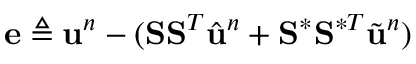
\mathbf { e } \triangleq \ensuremath { \mathbf { u } } ^ { n } - ( \mathbf { S } \mathbf { S } ^ { T } \hat { \ensuremath { \mathbf { u } } } ^ { n } + \mathbf { S } ^ { \ast } \mathbf { S } ^ { \ast T } \Tilde { \ensuremath { \mathbf { u } } } ^ { n } )